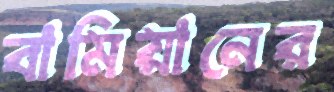
বামিয়ানের